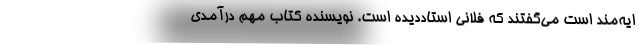
ایه‌مند است می‌گفتند که فلانی استاددیده است. نویسنده کتاب مهم درآمدی